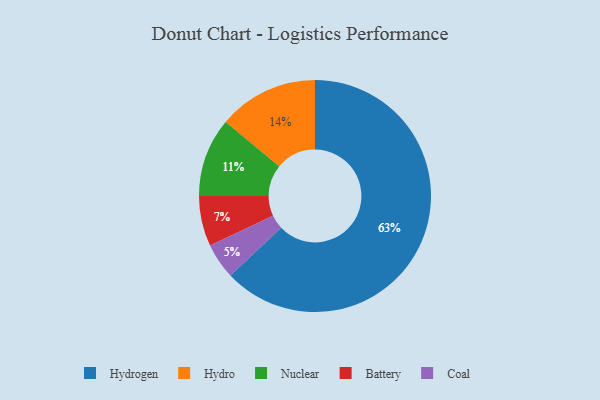
{"axis": {"x": "Category", "y": "Percentage"}, "legend": ["Battery", "Coal", "Hydro", "Hydrogen", "Nuclear"], "data": [{"x": "Hydrogen", "y": 63, "type": "Hydrogen"}, {"x": "Coal", "y": 5, "type": "Coal"}, {"x": "Hydro", "y": 14, "type": "Hydro"}, {"x": "Nuclear", "y": 11, "type": "Nuclear"}, {"x": "Battery", "y": 7, "type": "Battery"}]}